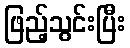
ဖြည့်သွင်းပြီး